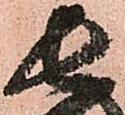
長